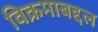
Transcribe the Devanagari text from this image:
विक्रमाबद्दल